Civil Veterinary Dept. Assam report 1927-50 - 1927-1950
Year: 1927
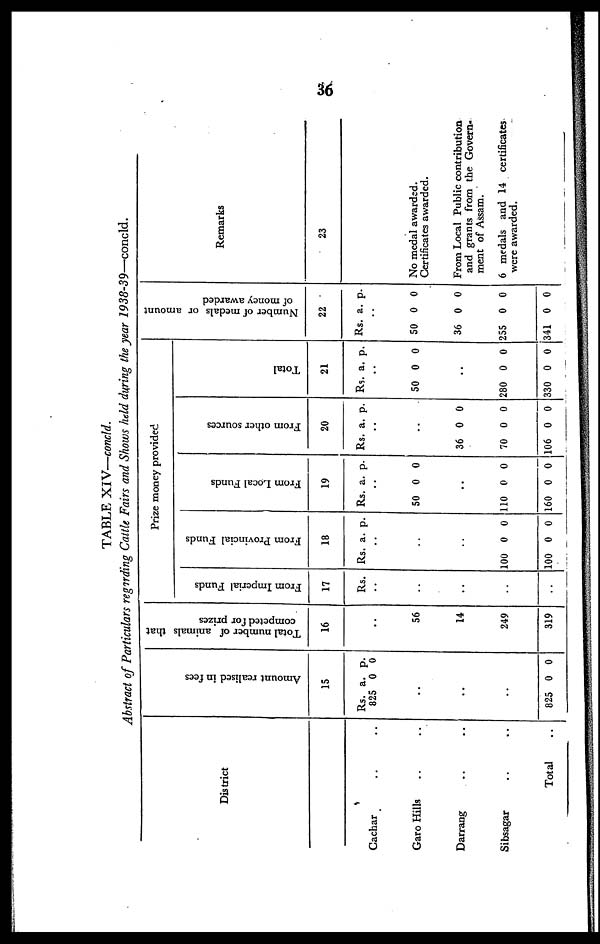
36
TABLE XIV—concld.
Abstract of Particulars regarding Cattle Fairs and Shows held during the year 1938-39—concld.
District
Cachar .. ..
Garo Hills .. ..
Darrang .. ..
Sibsagar .. ..
Total ..
Amo u n t r e a l i s e d in fees
15
Rs.
825
..
..
..
825
a.
0
0
p.
0
0
Total number of animals that
competed for prizes
16
..
56
14
249
319
Prize mo
ne
y provide
d
From Imperial Funds
17
Rs.
..
..
..
..
..
From Provincial Funds
18
Rs. a. p.
..
..
..
100
100
0
0
0
0
From Local Funds
19
Rs. a. p.
..
50 0 0
..
110
160
0
0
0
0
From other sources
20
Rs. a. p.
..
..
36
70
106
0
0
0
0
0
0
T
otal
2
1
Rs. a. p.
..
50 0 0
..
280
330
0
0
0
0
Number of medals or amount
of mone y awarded
22
Rs. a. p.
..
50
36
255
341
0
0
0
0
0
0
0
0
Remarks
23
No medal awarded.
Certificates awarded.
From Local Public contribution
and grants from the Govern-
ment of Assam.
6 medals and 14 certificates
were awarded.